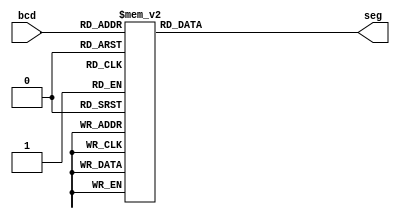
`timescale 1ns / 1ns
//////////////////////////////////////////////////////////////////////////////////
// Company: 
// Engineer: 
// 
// Design Name: 
// Module Name: Seven_Segment
// Project Name: 
// Target Devices: 
// Tool Versions: 
// Description: 
// 
// Dependencies: 
// 
// Revision:
// Revision 0.01 - File Created
// Additional Comments:
// 
//////////////////////////////////////////////////////////////////////////////////


module Seven_Segment(bcd, seg);
input [3:0] bcd;
output [6:0] seg;

reg [6:0] seg;

always @(bcd)
    begin
        case(bcd)
           4'b0000: seg = 7'b0000001;
           4'b0001: seg = 7'b1001111;
           4'b0010: seg = 7'b0010010; // "2" 
           4'b0011: seg = 7'b0000110; // "3" 
           4'b0100: seg = 7'b1001100; // "4" 
           4'b0101: seg = 7'b0100100; // "5" 
           4'b0110: seg = 7'b0100000; // "6" 
           4'b0111: seg = 7'b0001111; // "7" 
           4'b1000: seg = 7'b0000000; // "8"  
           4'b1001: seg = 7'b0000100; // "9"
           4'b1010: seg = 7'b0000010; // a
           4'b1011: seg = 7'b1100000; // b
           4'b1100: seg = 7'b0110001; // c
           4'b1101: seg = 7'b1000010; // d
           4'b1110: seg = 7'b0110000; // E
           4'b1111: seg = 7'b0111000; // F
           default: seg = 7'b0000000; // "0"
        endcase;
    end
endmodule